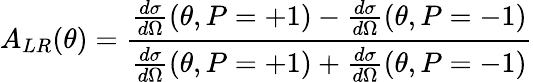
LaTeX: A_{LR}(\theta)=\frac{\frac{d\sigma}{d\Omega}(\theta,P=+1)-\frac{d\sigma}{d\Omega}(\theta,P=-1)}{\frac{d\sigma}{d\Omega}(\theta,P=+1)+\frac{d\sigma}{d\Omega}(\theta,P=-1)}